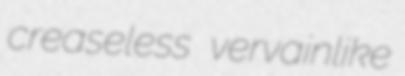
creaseless vervainlike